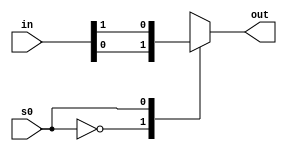
/*
   This file was generated automatically by Alchitry Labs version 1.2.7.
   Do not edit this file directly. Instead edit the original Lucid source.
   This is a temporary file and any changes made to it will be destroyed.
*/

module mux_2_36 (
    input s0,
    input [1:0] in,
    output reg out
  );
  
  
  
  always @* begin
    
    case (s0)
      1'h0: begin
        out = in[0+0-:1];
      end
      1'h1: begin
        out = in[1+0-:1];
      end
      default: begin
        out = 1'h0;
      end
    endcase
  end
endmodule